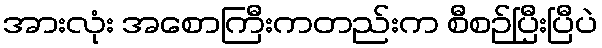
အားလုံး အစောကြီးကတည်းက စီစဉ်ပြီးပြီပဲ